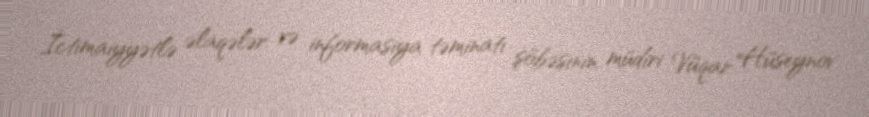
İctimaiyyətlə əlaqələr və informasiya təminatı şöbəsinin müdiri Vüqar Hüseynov